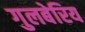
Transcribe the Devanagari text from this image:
गुलबेरिय